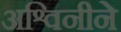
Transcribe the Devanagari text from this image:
अश्विनीने